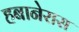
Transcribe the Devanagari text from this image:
हबानेरास